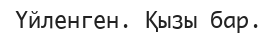
Үйленген. Қызы бар.